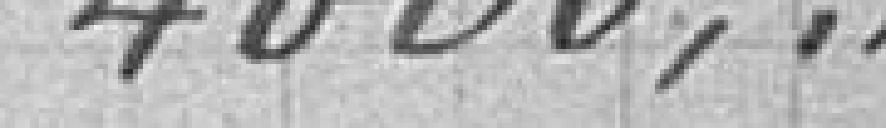
4 000,00